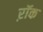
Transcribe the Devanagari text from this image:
ऱॉक